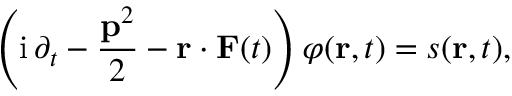
\left( \mathrm { i } \, \partial _ { t } - \frac { \mathbf { p } ^ { 2 } } { 2 } - \mathbf { r } \cdot \mathbf { F } ( t ) \right) \varphi ( \mathbf { r } , t ) = s ( \mathbf { r } , t ) ,